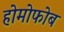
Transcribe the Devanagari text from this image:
होमोफोब